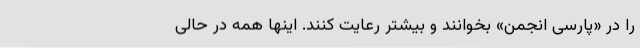
را در «پارسی انجمن» بخوانند و بیشتر رعایت کنند. اینها همه در حالی